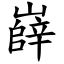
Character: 嶭